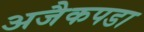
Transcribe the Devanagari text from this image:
अजैकपडा